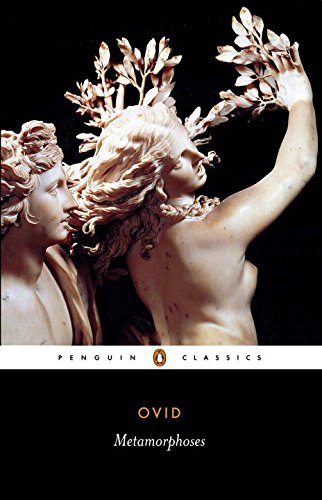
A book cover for Metamorphoses (Penguin Classics); Ovid; Literature & Fiction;